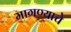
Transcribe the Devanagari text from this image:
मागण्याचे